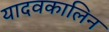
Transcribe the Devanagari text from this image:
यादवकालिन